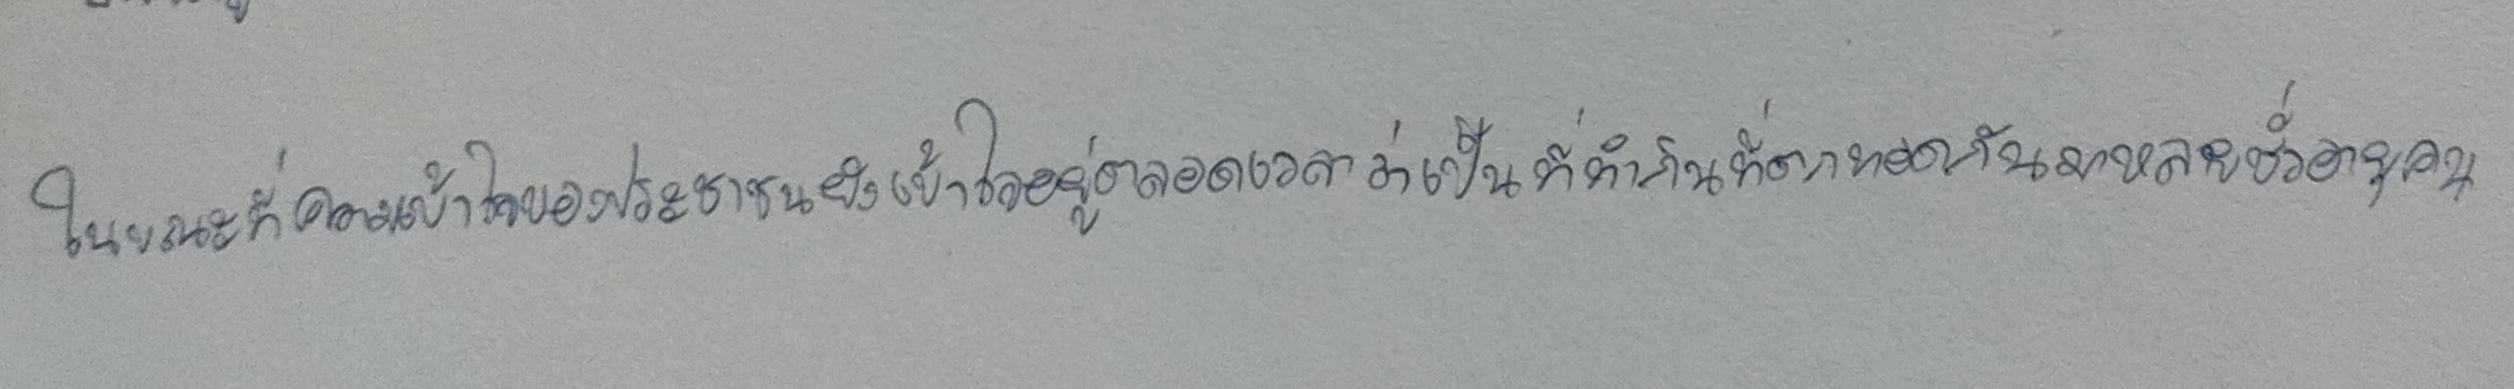
ในขณะที่ความเข้าใจของประชาชนยังเข้าใจอยู่ตลอดเวลาว่าเป็นที่ทำกินที่ทำตกทอดกันมาหลายชั่วอายุคน